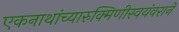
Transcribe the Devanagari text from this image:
एकनाथांच्यारुक्मिणीस्वयंवराने